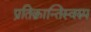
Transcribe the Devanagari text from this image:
प्रतिक्रान्तिस्वरुप